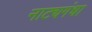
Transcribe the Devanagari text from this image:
नाट्यगंधा